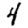
Digit: 4